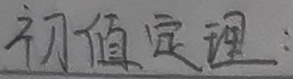
初值定理：